Report of the Indian Hemp Drugs Commission, 1894-1895 - Volume VII
Year: 1894
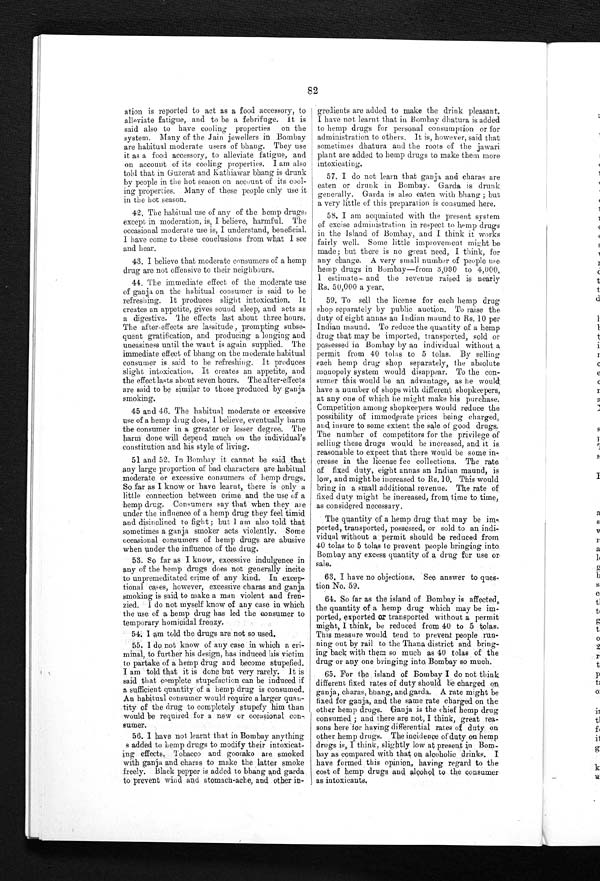
82
ation is reported to act as a food accessory, to
alleviate fatigue, and to be a febrifuge. It is
said also to have cooling properties on the
system. Many of the Jain jewellers in Bombay
are habitual moderate users of bhang. They use
it as a food accessory, to alleviate fatigue, and
on account of its cooling properties. I am also
told that in Guzerat and Kathiawar bhang is drunk
by people in the hot season on account of its cool-
ing properties. Many of these people only use it
in the hot season.
42. The habitual use of any of the hemp drugs,
except in moderation, is, I believe, harmful. The
occasional moderate use is, I understand, beneficial.
I h a v e c o m e t o t h e s e c o n c l u s i o n s f r o m w h a t I s e e
and hear.
43. I believe that moderate consumers of a hemp
drug are not offensive to their neighbours.
44. The immediate effect of the moderate use
of ganja on the habitual consumer is said to be
refreshing. It produces slight intoxication. It
creates an appetite, gives sound sleep, and acts as
a digestive. The effects last about three hours.
The after-effects are lassitude , prompting subse
- q u e n t g r a t i f i c a t i o n , a n d p r o d u c i n g a l o n g i n g a n d
uneasiness until the want is again supplied. The
immediate effect of bhang on the moderate habitual
consumer is said to be refreshing. It produces
slight intoxication. It creates an appetite, and
the effect lasts about seven hours. The after-effects
are said to be similar to those produced by ganja
smoking.
45 and 46. The habitual moderate or excessive
use of a hemp ding does, I believe, eventually harm
the consumer in a greater or lesser degree. The
harm done will depend much on the individual's
constitution and his style of living.
51 and 52. In Bombay it cannot be said that
any large proportion of bad characters are habitual
moderate or excessive consumers of hemp drugs.
So far as I know or have learnt, there is only a
little connection between crime and the use of a
hemp drug. Consumers say that when they are
under the influence of a hemp drug they feel timid
and disinclined to fight ; but I am also told that
sometimes a ganja smoker acts violently. Some
occasional consumers of hemp drugs are abusive
when under the influence of the drug.
53. So far as I know, excessive indulgence in
any of the hemp drugs does not generally incite
to unpremeditated crime of any kind. In excep--
tional cases, however, excessive charas and ganja
smoking is said to make a man violent and fren--
zied. I do not myself know of any case in which
the use of a hemp drug has led the consumer to
temporary homicidal frenzy.
5 4 . I a m t o l d t h e d r u g s a r e n o t s o u s e d .
55. I do not know of any case in which a cri--
minal, to further his design, has induced his victim
to partake of a hemp drug and become stupefied.
I am told that it is done but very rarely. It is
said that complete stupefaction can be induced if
a sufficient quantity of a hemp drug is consumed.
An habitual consumer would require a larger quan--
tity of the drug to completely stupefy him than
would be required for a new or occasional con-
sumer.
56. I have not learnt that in Bombay anything
s added to hemp drugs to modify their intoxicat-
ing effects. Tobacco and goorako are smoked
with ganja and charas to make the latter smoke
freely. Black pepper is added to bhang and garda
to prevent wind and stomach-ache, and other in-
gredients are added to make the drink pleasant.
I have not learnt that in Bombay dhatura is added
to hemp drugs for personal consumption or for
administration to others. It is, however, said that
sometimes dhatura and the roots of the jawari
plant are added to hemp drugs to make them more
intoxicating.
57. I do not learn that ganja and charas are
eaten or drunk in Bombay. Garda is drunk
generally. Garda is also eaten with bhang ; but
a very little of this preparation is consumed here.
58. I am acquainted with the present system
of excise administration in respect to hemp drugs
in the Island of Bombay, and I think it works
fairly well. Some little improvement might be
made; but there is no great need, I think, for
any change. A very small number of people use
hemp drugs in Bombay—from 3,000 to 4,000,
I e s t i m a t e — a n d t h e r e v e n u e r a i s e d i s n e a r l y
Rs. 50,000 a year.
59. To sell the license for each hemp drug
shop separately by public auction. To raise the
duty of eight annas an Indian mound to Rs. 10 per
Indian maund. To reduce the quantity of a hemp
drug that may he imported, transported, sold or
possessed in Bombay by an individual without a
permit from 40 tolas to 5 tolas. By selling
each hemp drug shop separately, the absolute
monopoly system would disappear. To the con-
sumer this would be an advantage, as he would
have a number of shops with different shopkeepers,
at any one of which he might make his purchase.
Competition among shopkeepers would reduce the
possibility of immoderate prices being charged,
and insure to some extent the sale of good drugs.
The number of competitors for the privilege of
selling these drugs would be increased, and it is
reasonable to expect that there would be some in-
crease in the license fee collections. The rate
of fixed duty, eight annas an Indian maund, is
low, and might be increased to Rs. 10. This would
bring in a small additional revenue. The rate of
fixed duty might be increased, from time to time,
as considered necessary.
The quantity of a hemp drug that may be im
-ported, transported, possessed, or sold to an indi-
- v i d u a l w i t h o u t a p e r m i t s h o u l d b e r e d u c e d f r o m
40 tolas to 5 tolas to prevent people bringing into.
Bombay any excess quantity of a drug for use or
sale.
63. I have no objections. See answer to ques--
tion No. 59.
64. So far as the island of Bombay is affected,
the quantity of a hemp drug which may be im
- p o r t e d , e x p o r t e d
o r
t r a n s p o r t e d w i t h o u t a p e r m i t
might, I think, be reduced from 40 to 5 tolas.
This measure would tend to prevent people run--
ning out by rail to the Thana district and bring-
ing back with them so much as 40 tolas of the
drug or any one bringing into Bombay so much.
65. For the island of Bombay I do not think
different fixed rates of duty should be charged on
ganja, charas, bhang, and garda. A rate might be
fixed for ganja, and the same rate charged on the
other hemp drugs. Ganja is the chief hemp drug
consumed ; and there are not, I think, great rea--
sons here for having differential rates of duty on
other hemp drugs. The incidence of duty on hemp
drugs is, I think, slightly low at present in Bom--
bay as compared with that on alcoholic drinks. I
have formed this opinion, having regard to the
cost of hemp drugs and alcohol to the consumer
as intoxicants.